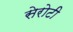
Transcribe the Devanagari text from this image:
सेरोटी